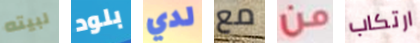
لبيته بلود لدي مع من ارتكاب